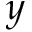
y